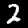
Digit: 2